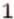
1